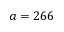
a = 2 6 6